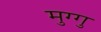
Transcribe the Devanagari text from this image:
मुग्गु